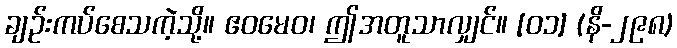
ချဉ်းကပ်စေသကဲ့သို့။ ဧဝမေဝ၊ ဤအတူသာလျှင်။ [၀၁] (နိ-၂၉၈)